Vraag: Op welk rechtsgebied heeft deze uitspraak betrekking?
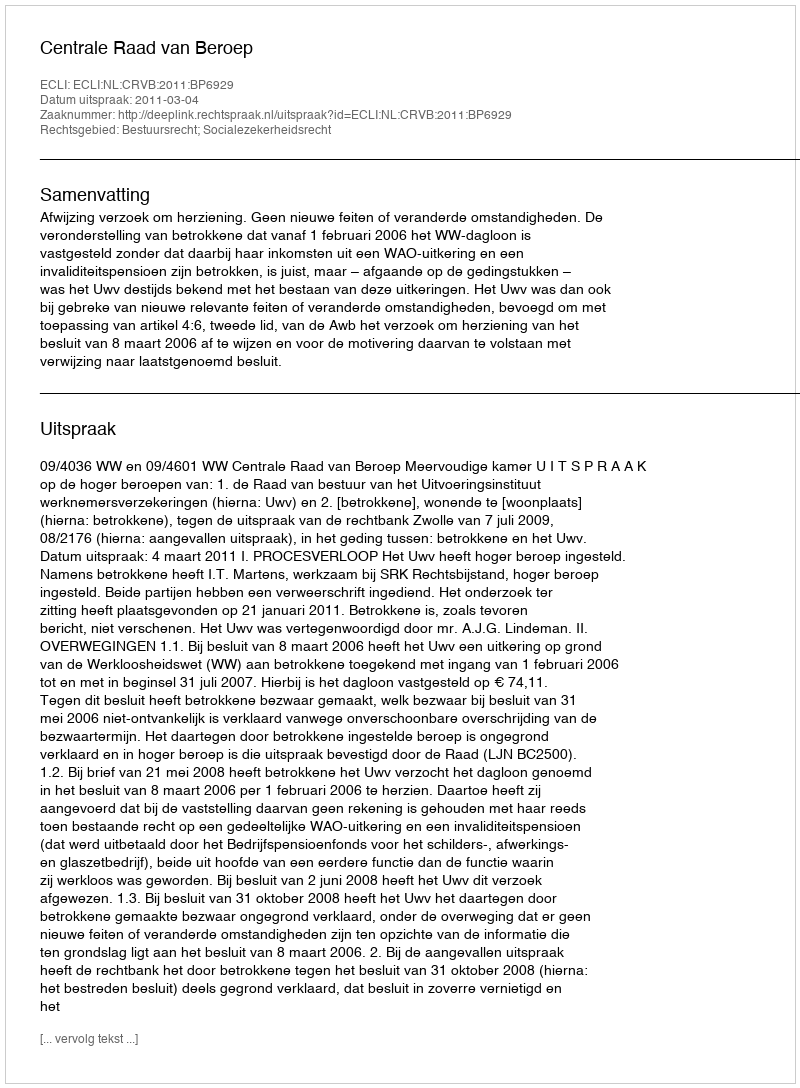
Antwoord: Bestuursrecht; Socialezekerheidsrecht